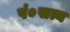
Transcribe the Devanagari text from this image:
पं०सत्य